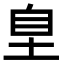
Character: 𭎗